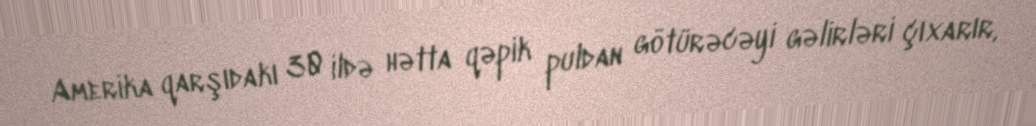
Amerika qarşıdakı 30 ildə hətta qəpik puldan götürəcəyi gəlirləri çıxarır,